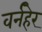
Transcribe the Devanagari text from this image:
वर्नहेर